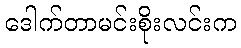
ဒေါက်တာမင်းစိုးလင်းက